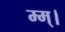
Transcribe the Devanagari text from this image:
म्म्।